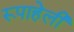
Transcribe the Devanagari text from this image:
रूपाहेली